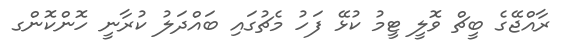
ރާއްޖޭގެ ބީޗް ވޮލީ ޓީމު ކުޅޭ ފަހު މެޗުގައި ބައްދަލު ކުރާނީ ހޮންކޮންގ